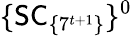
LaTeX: \{ \mathsf{SC}_{\{ 7^{t+1}\} }\} ^{0}